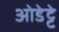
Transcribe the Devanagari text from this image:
ओडेट्टे